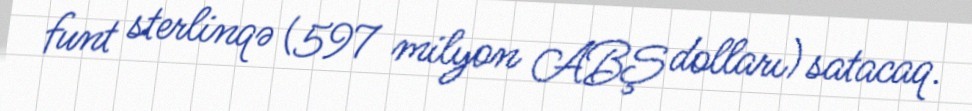
funt sterlinqə (597 milyon ABŞ dolları) satacaq.